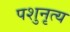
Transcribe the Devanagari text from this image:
पशुनृत्य